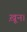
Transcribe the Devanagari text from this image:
ख़ून।